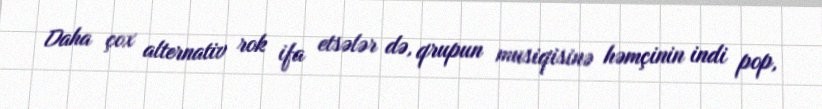
Daha çox alternativ rok ifa etsələr də, qrupun musiqisinə həmçinin indi pop,